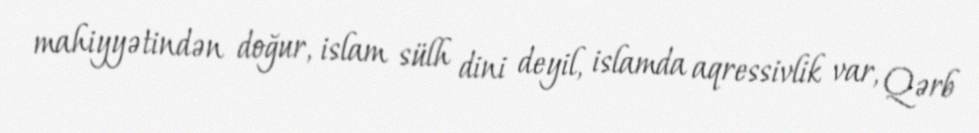
mahiyyətindən doğur, islam sülh dini deyil, islamda aqressivlik var, Qərb